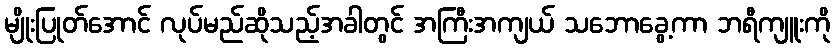
မျိုးပြုတ်အောင် လုပ်မည်ဆိုသည့်အခါတွင် အကြီးအကျယ် သဘောခွေ့ကာ ဘရီကျူးကို